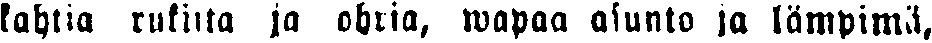
kahtia rukiita ja ohria, wapaa asunto ja lämpimä,